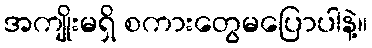
အကျိုးမရှိ စကားတွေမပြောပါနဲ့။